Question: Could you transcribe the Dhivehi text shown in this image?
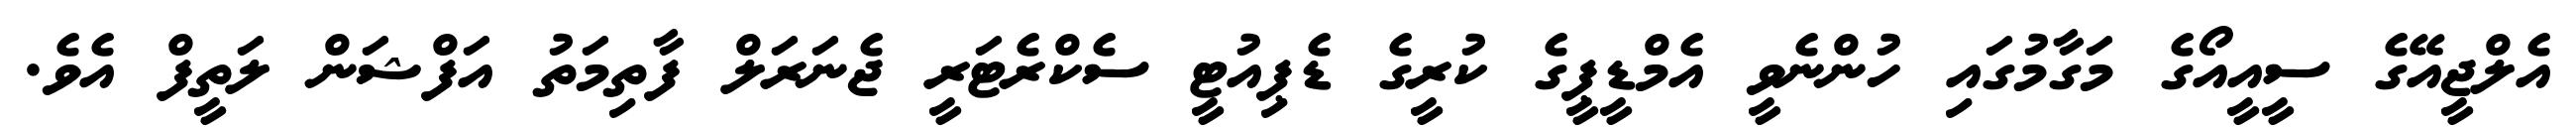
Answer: އެލްޖީއޭގެ ސީއީއޯގެ މަގާމުގައި ހުންނެވީ އެމްޑީޕީގެ ކުރީގެ ޑެޕިއުޓީ ސެކްރެޓަރީ ޖެނަރަލް ފާތިމަތު އަފްޝަން ލަތީފް އެވެ.